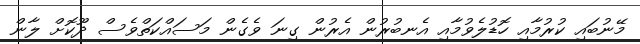
މޭނުބައި ކުރުމާއި ހޮޑުލެވުމާއި އެނބުރުން އެރުން ގިނަ ވެގެން މަސައްކަތްވެސް ދޫކޮށް ލާން